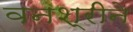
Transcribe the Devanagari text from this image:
वनश्रीने